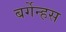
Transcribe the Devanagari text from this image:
बर्गेन्हस